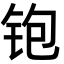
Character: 铇